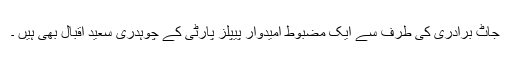
جاٹ برادری کی طرف سے ایک مضبوط امیدوار پیپلز پارٹی کے چوہدری سعید اقبال بھی ہیں ۔